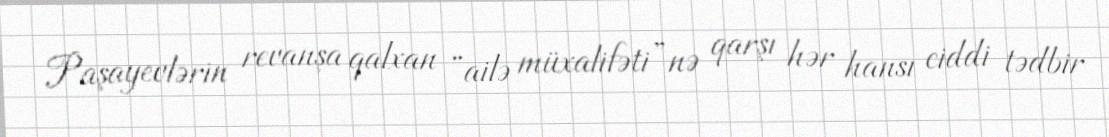
Paşayevlərin revanşa qalxan “ailə müxalifəti”nə qarşı hər hansı ciddi tədbir